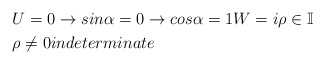
\begin{align*}&U=0\rightarrow sin\alpha =0\rightarrow cos\alpha =1 W=i\rho \in \mathbb{I}\\&\rho \neq 0 indeterminate \end{align*}